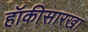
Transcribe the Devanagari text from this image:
हॉकीसारखा